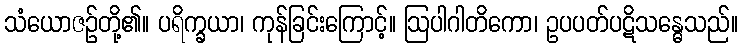
သံယောဇဉ်တို့၏။ ပရိက္ခယာ၊ ကုန်ခြင်းကြောင့်။ ဩပါဂါတိကော၊ ဥပပတ်ပဋိသန္ဓေသည်။